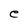
Character: e